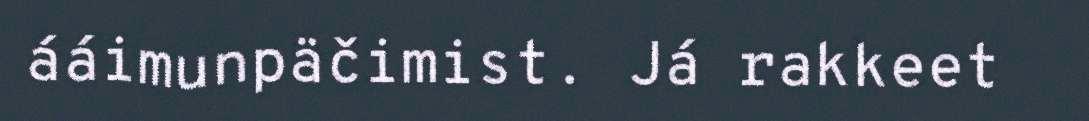
ááimunpäčimist. Já rakkeet